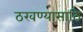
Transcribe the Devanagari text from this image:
ठरवण्यासाठि